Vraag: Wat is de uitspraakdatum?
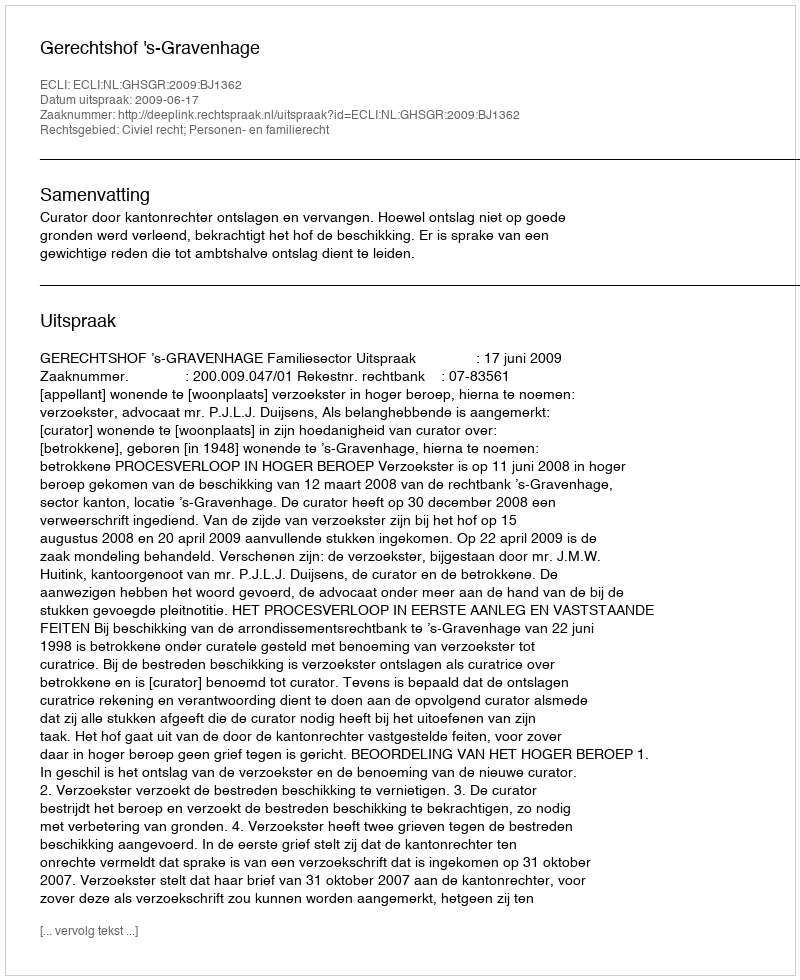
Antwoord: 2009-06-17